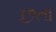
છતા